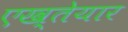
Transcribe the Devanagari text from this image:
एख्तेयार